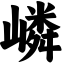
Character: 嶙